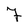
Character: 7